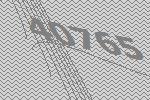
40765